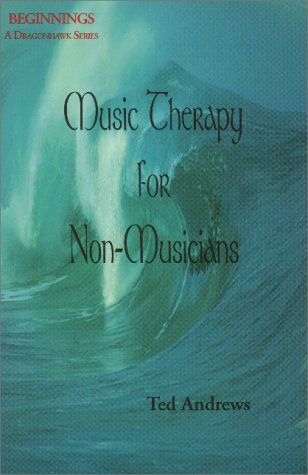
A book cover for Music Therapy for Non-Musicians (Beginnings); Ted Andrews; Health, Fitness & Dieting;